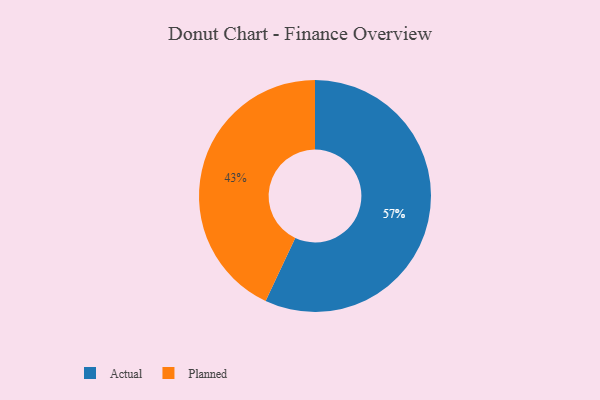
{"axis": {"x": "Category", "y": "Percentage"}, "legend": ["Actual", "Planned"], "data": [{"x": "Actual", "y": 57, "type": "Actual"}, {"x": "Planned", "y": 43, "type": "Planned"}]}